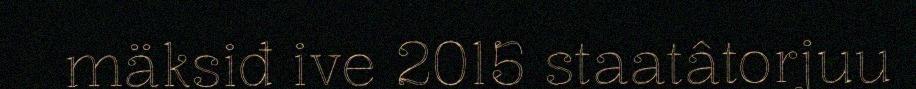
mäksiđ ive 2015 staatâtorjuu